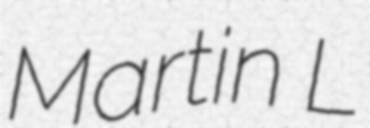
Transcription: Martin L